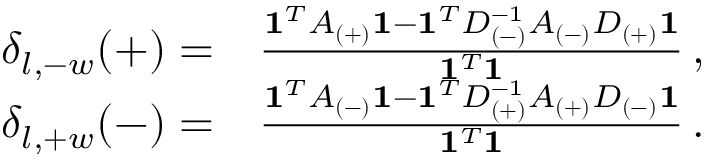
\begin{array} { r l } { \delta _ { l , - w } ( + ) = } & { { } \frac { \mathbf { 1 } ^ { T } A _ { ( + ) } \mathbf { 1 } - \mathbf { 1 } ^ { T } D _ { ( - ) } ^ { - 1 } A _ { ( - ) } D _ { ( + ) } \mathbf { 1 } } { \mathbf { 1 } ^ { T } \mathbf { 1 } } \, , } \\ { \delta _ { l , + w } ( - ) = } & { { } \frac { \mathbf { 1 } ^ { T } A _ { ( - ) } \mathbf { 1 } - \mathbf { 1 } ^ { T } D _ { ( + ) } ^ { - 1 } A _ { ( + ) } D _ { ( - ) } \mathbf { 1 } } { \mathbf { 1 } ^ { T } \mathbf { 1 } } \, . } \end{array}